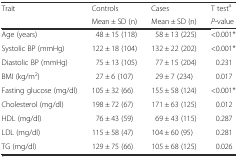
| <ROWSPAN=2> Trait | Controls | Cases | T testa |
 | Mean ± SD (n) | Mean ± SD (n) | P-value |
 | --- | --- | --- | --- |
 | Age (years) | 48 ± 15 (118) | 58 ± 13 (225) | <0.001* |
 | Systolic BP (mmHg) | 122 ± 18 (104) | 132 ± 22 (202) | <0.001* |
 | Diastolic BP (mmHg) | 75 ± 13 (105) | 77 ± 15 (204) | 0.231 |
 | BMI (kg/m2) | 27 ± 6 (107) | 29 ± 7 (234) | 0.017 |
 | Fasting glucose (mg/dl) | 105 ± 32 (66) | 155 ± 58 (124) | <0.001* |
 | Cholesterol (mg/dl) | 198 ± 72 (67) | 171 ± 63 (125) | 0.012 |
 | HDL (mg/dl) | 76 ± 43 (59) | 69 ± 43 (115) | 0.287 |
 | LDL (mg/dl) | 115 ± 58 (47) | 104 ± 60 (95) | 0.281 |
 | TG (mg/dl) | 129 ± 75 (66) | 105 ± 68 (125) | 0.026 |